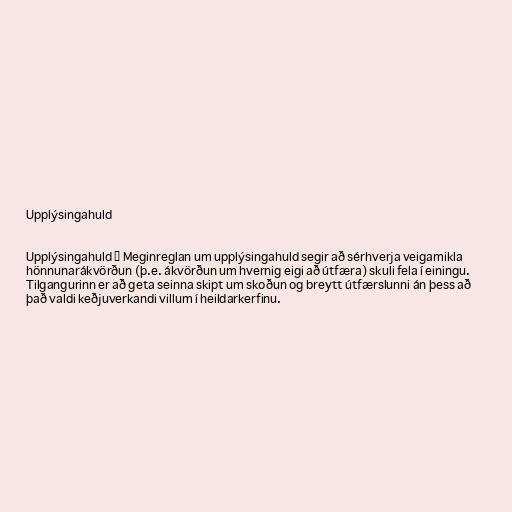
Upplýsingahuld

Upplýsingahuld ― Meginreglan um upplýsingahuld segir að sérhverja veigamikla
hönnunarákvörðun (þ.e. ákvörðun um hvernig eigi að útfæra) skuli fela í einingu.
Tilgangurinn er að geta seinna skipt um skoðun og breytt útfærslunni án þess að
það valdi keðjuverkandi villum í heildarkerfinu.